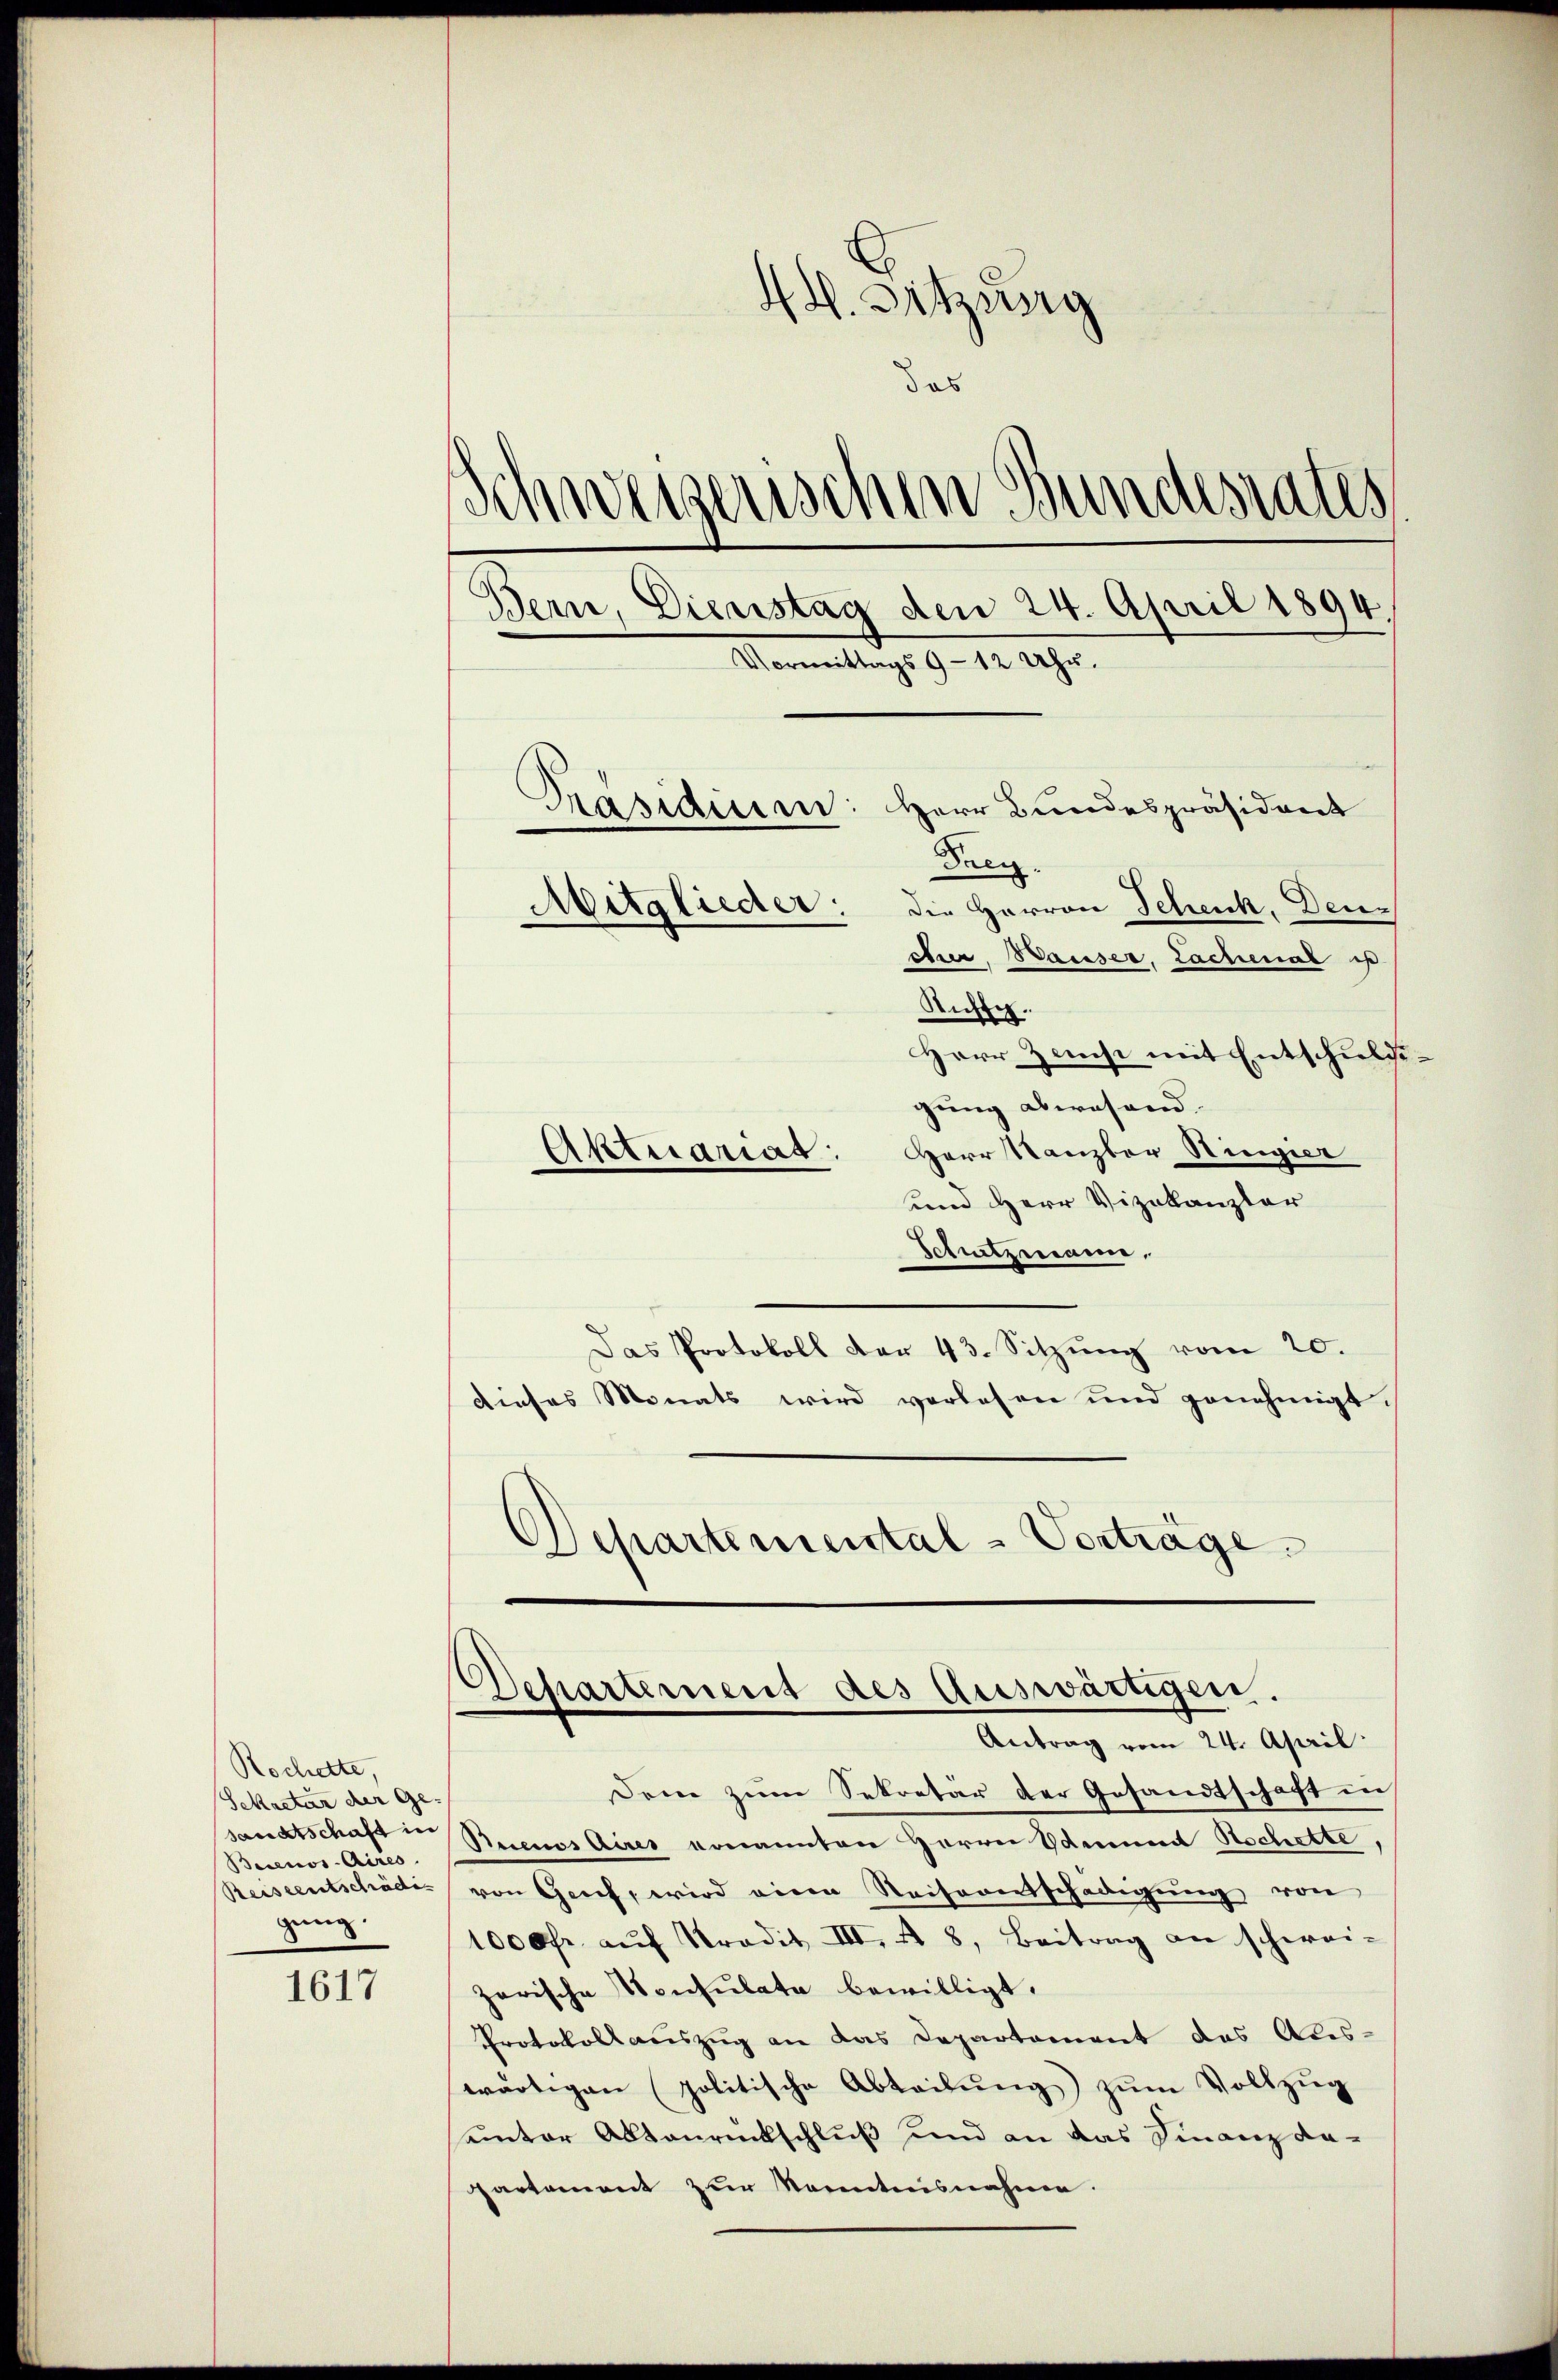
Rocherte.
Sekretär der Ge- |
sandtschaft in
Besenos-Aires.
Reiseentschädi
gung.

1617

44. Sitzung
das
Schweizerischen Bundesrates
Bern, Dienstag den 24. April 1894
Vormittags 9 - 12 Uhr.
Präsidium: Herr Bundespräsident
Taci
Mitglieder: die Herren Schenk, Deucher, Wasser, Lachenal is
Siffig.
Herr Zinst mit Entschuldi¬

gung aberesand.
Aktuariat: Herr Kanzler Ringier
und Herr Vizekanzler
Schutzmaie
Das Protokoll der 43. Sitzŭng vom 20.
dieses Monats wird vorlesen und genehmigt.
Departemental-Vorträge.

Departement des Auswärtigen.
Antrag vom 24. April.

Dem zum Sekretär der Gesandtschaft in
Buenos Aires vonannten Herrn Stimmt Stschette,
von Grich, wird einen Reiserersschädigung von
1000fr. aŭf Sradit III, 48, Beitrag an schwei-
zerische Konsulate bewilligt.
Protokollauszug an das Departement des Aus-
wärtigen politische Abteilŭng zŭm Vollzŭg
unter Abtaurückschluß und an das Finanz dapartement zur Sonntensnahme.